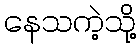
နေသကဲ့သို့